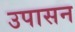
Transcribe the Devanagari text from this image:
उपासन